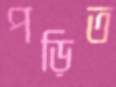
পড়িত